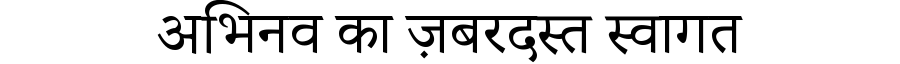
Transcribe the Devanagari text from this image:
अभिनव का ज़बरदस्त स्वागत